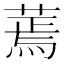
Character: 蔫